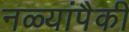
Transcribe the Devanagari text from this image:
नळ्यांपैकी